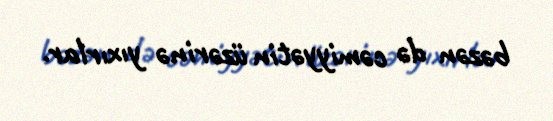
bəzən də cəmiyyətin üzərinə yıxırlar.